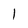
Character: 1